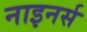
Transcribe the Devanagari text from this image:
नाइनर्स